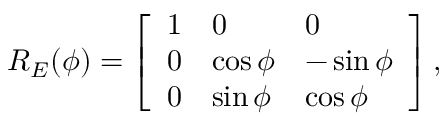
R _ { E } ( \phi ) = \left[ \begin{array} { l l l } { 1 } & { 0 } & { 0 } \\ { 0 } & { \cos \phi } & { - \sin \phi } \\ { 0 } & { \sin \phi } & { \cos \phi } \end{array} \right] ,